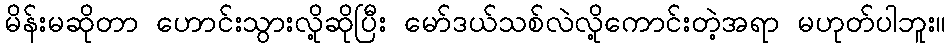
မိန်းမဆိုတာ ဟောင်းသွားလို့ဆိုပြီး မော်ဒယ်သစ်လဲလို့ကောင်းတဲ့အရာ မဟုတ်ပါဘူး။